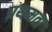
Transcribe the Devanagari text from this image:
प्रथमता